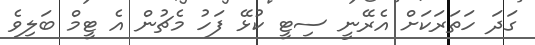
ގަދަ ހަތަރަކަށް އެރޭނީ ސިޓީ ކުޅޭ ފަހު މެޗުން އެ ޓީމް ބަލިވެ